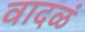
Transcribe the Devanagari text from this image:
वादळं